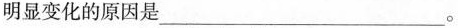
明显变化的原因是___。